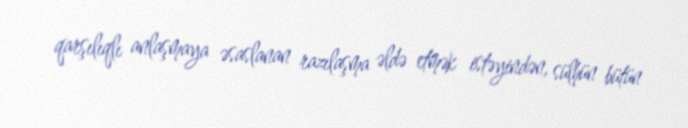
qarşılıqlı anlaşmaya əsaslanan razılaşma əldə etmək istəyindən, sülhün bütün